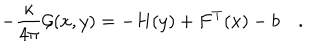
- { \frac { \kappa } { 4 \pi } } { \cal G } ( x , y ) = - H ( y ) + F ^ { T } ( x ) - b \quad .